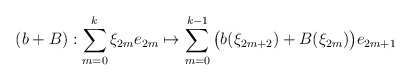
\begin{align*}(b + B) : \sum_{m=0}^k \xi_{2m} e_{2m} \mapsto \sum_{m=0}^{k-1}\big( b(\xi_{2m + 2}) + B(\xi_{2m}) \big) e_{2m+1}\end{align*}